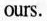
ours.